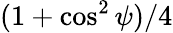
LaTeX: (1+\cos^{2}\psi)/4